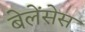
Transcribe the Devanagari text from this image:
बेलेंसेस